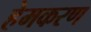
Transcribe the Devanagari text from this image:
हेमकरण